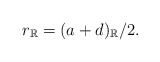
\begin{align*}r_\mathbb{R}= (a+d)_{\mathbb{R}}/2.\end{align*}